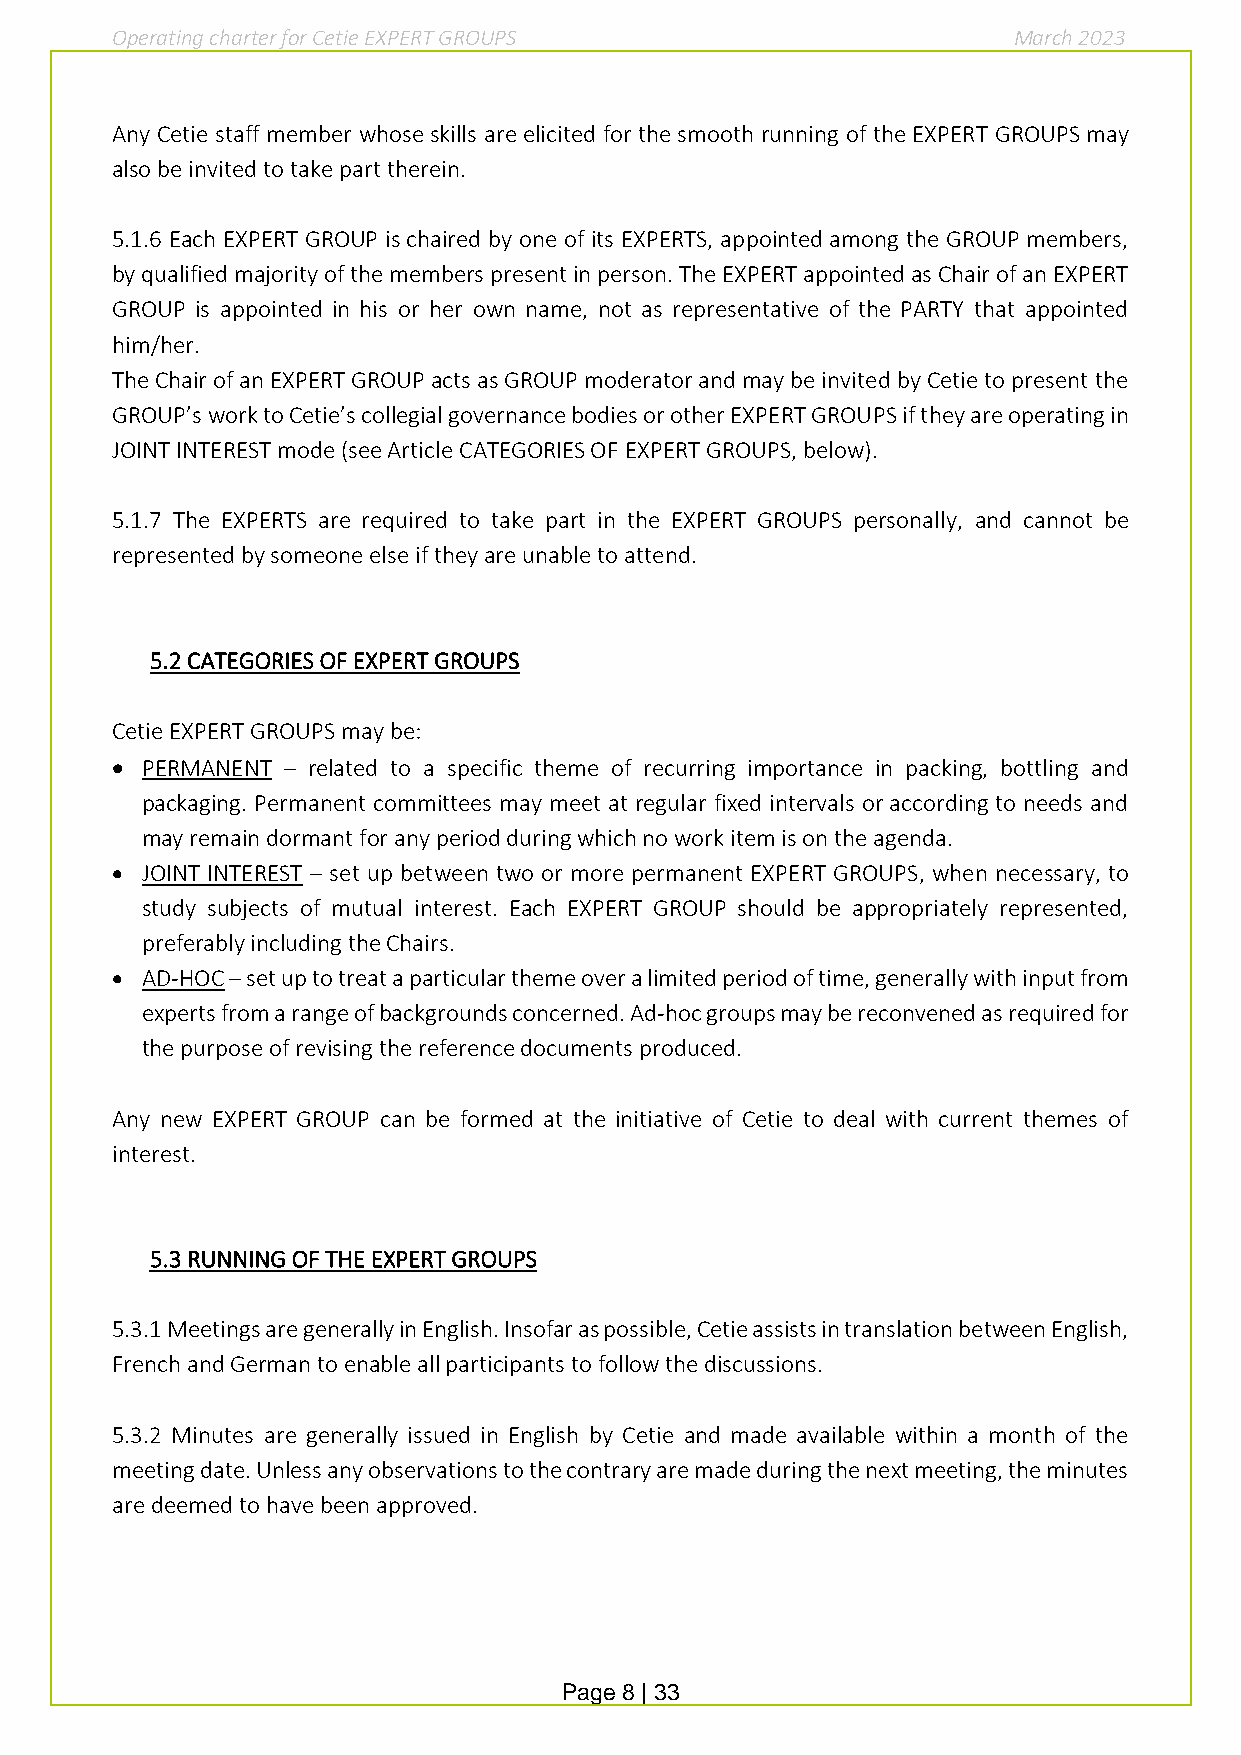
Operating charter for Cetie EXPERT GROUPS                   March 2023
 Any Cetie staff member whose skills are elicited for the smooth running of the EXPERT GROUPS may
 also be invited to take part therein.
 5.1.6 Each EXPERT GROUP is chaired by one of its EXPERTS, appointed among the GROUP members,
 by qualified majority of the members present in person. The EXPERT appointed as Chair of an EXPERT
 GROUP is appointed in his or her own name, not as representative of the PARTY that appointed
 him/her.
 The Chair of an EXPERT GROUP acts as GROUP moderator and may be invited by Cetie to present the
 GROUP’s work to Cetie’s collegial governance bodies or other EXPERT GROUPS if they are operating in
 JOINT INTEREST mode (see Article CATEGORIES OF EXPERT GROUPS, below).
 5.1.7 The EXPERTS are required to take part in the EXPERT GROUPS personally, and cannot be
 represented by someone else if they are unable to attend.
 5.2 CATEGORIES OF EXPERT GROUPS
 Cetie EXPERT GROUPS may be:
 • PERMANENT – related to a specific theme of recurring importance in packing, bottling and
 packaging. Permanent committees may meet at regular fixed intervals or according to needs and
 may remain dormant for any period during which no work item is on the agenda.
 • JOINT INTEREST – set up between two or more permanent EXPERT GROUPS, when necessary, to
 study subjects of mutual interest. Each EXPERT GROUP should be appropriately represented,
 preferably including the Chairs.
 • AD-HOC – set up to treat a particular theme over a limited period of time, generally with input from
 experts from a range of backgrounds concerned. Ad-hoc groups may be reconvened as required for
 the purpose of revising the reference documents produced.
 Any new EXPERT GROUP can be formed at the initiative of Cetie to deal with current themes of
 interest.
 5.3 RUNNING OF THE EXPERT GROUPS
 5.3.1 Meetings are generally in English. Insofar as possible, Cetie assists in translation between English,
 French and German to enable all participants to follow the discussions.
 5.3.2 Minutes are generally issued in English by Cetie and made available within a month of the
 meeting date. Unless any observations to the contrary are made during the next meeting, the minutes
 are deemed to have been approved.
 Page 8 | 33